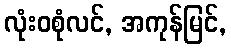
လုံးဝစုံလင်, အကုန်မြင်,